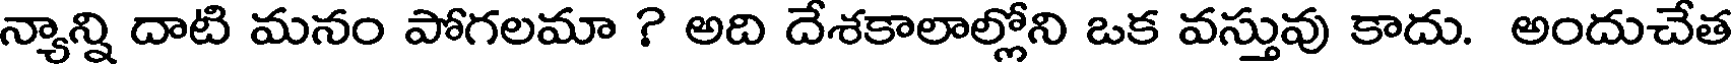
న్యాన్ని దాటి మనం పోగలమా ? అది దేశకాలాల్లోని ఒక వస్తువు కాదు. అందుచేత